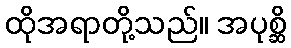
ထိုအရာတို့သည်။ အပုစ္ဆိ